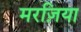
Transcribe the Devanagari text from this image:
मरज़िया